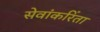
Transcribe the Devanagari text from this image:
सेवांकरिंता